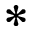
*